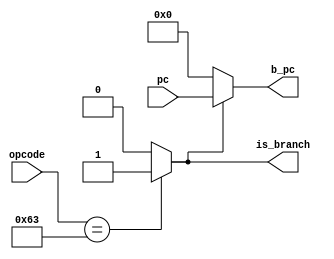
// Branch    
// Branch   PC BHT BTB    0 

module PREDICTOR
(   
    input   [6:0]   opcode          ,
    input   [31:0]  pc              ,   //  pc 
    
    output          is_branch       ,  
    output  [31:0]  b_pc            
);
    
    assign is_branch = (opcode == 7'b1100011) ? 1'b1 : 1'b0;       // branch  
    assign b_pc = is_branch ? pc : 32'b0;                          // branch    BHT BTB pc 

endmodule